Report of the Indian Hemp Drugs Commission, 1894-1895 - Volume IV
Year: 1894
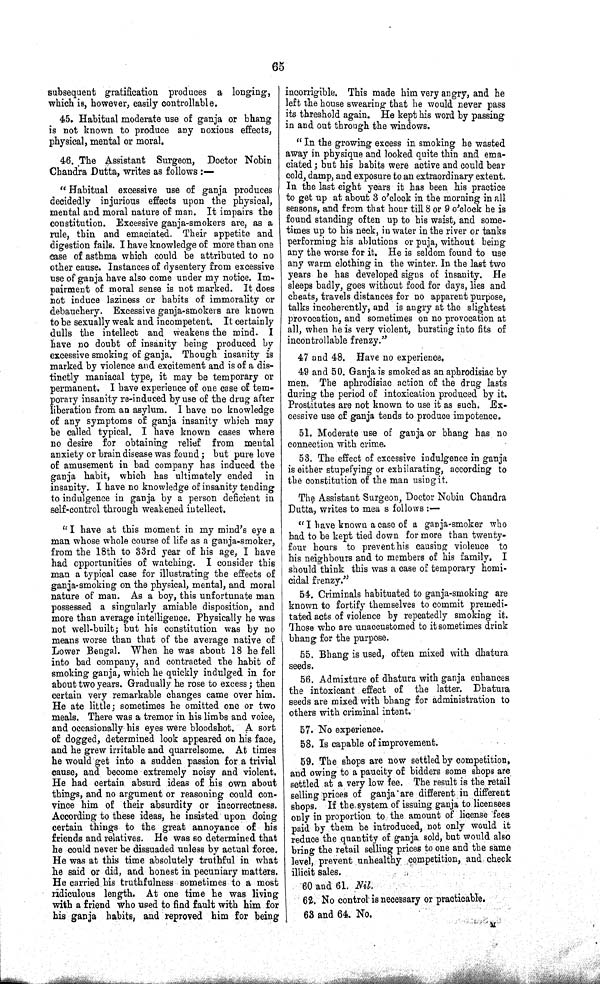
65
subsequent gratification produces a longing,
which is, however, easily controllable.
45. Habitual moderate use of ganja or bhang
is not known to produce any noxious effects,
physical, mental or moral.
46. The Assistant Surgeon, Doctor Nobin
Chandra Dutta, writes as follows:—
"Habitual excessive use of ganja produces
decidedly injurious effects upon the physical,
mental and moral nature of man. It impairs the
constitution. Excessive ganja-smokers are, as a
rule, thin and emaciated. Their appetite and
digestion fails. I have knowledge of more than one
case of asthma which could be attributed to no
other cause. Instances of dysentery from excessive
use of ganja have also come under my notice. Im-
pairment of moral sense is not marked. It does
not induce laziness or habits of immorality or
debauchery. Excessive ganja-smokers are known
to be sexually weak and incompetent. It certainly
dulls the intellect and weakens the mind. I
have no doubt of insanity being produced by
excessive smoking of ganja. Though insanity is
marked by violence and excitement and is of a dis-
tinctly maniacal type, it may be temporary or
permanent. I have experience of one case of tem-
porary insanity re-induced by use of the drug after
liberation from an asylum. I have no knowledge
of any symptoms of ganja insanity which may
be called typical. I have known cases where
no desire for obtaining relief from mental
anxiety or brain disease was found; but pure love
of amusement in bad company has induced the
ganja habit, which has ultimately ended in
insanity. I have no knowledge of insanity tending
to indulgence in ganja by a person deficient in
self-control through weakened intellect.
"I have at this moment in my mind's eye a
man whose whole course of life as a ganja-smoker,
from the 18th to 33rd year of his age, I have
had opportunities of watching. I consider this
man a typical case for illustrating the effects of
ganja-smoking on the physical, mental, and moral
nature of man. As a boy, this unfortunate man
possessed a singularly amiable disposition, and
more than average intelligence. Physically he was
not well-built; but his constitution was by no
means worse than that of the average native of
Lower Bengal. When he was about 18 he fell
into bad company, and contracted the habit of
smoking ganja, which he quickly indulged in for
about two years. Gradually he rose to excess; then
certain very remarkable changes came over him.
He ate little; sometimes he omitted one or two
meals. There was a tremor in his limbs and voice,
and occasionally his eyes were bloodshot. A sort
of dogged, determined look appeared on his face,
and he grew irritable and quarrelsome. At times
he would get into a sudden passion for a trivial
cause, and become extremely noisy and violent.
He had certain absurd ideas of his own about
things, and no argument or reasoning could con-
vince him of their absurdity or incorrectness.
According to these ideas, he insisted upon doing
certain things to the great annoyance of his
friends and relatives. He was so determined that
he could never be dissuaded unless by actual force.
He was at this time absolutely truthful in what
he said or did, and honest in pecuniary matters.
He carried his truthfulness sometimes to a most
ridiculous length. At one time he was living
with a friend who used to find fault with him for
his ganja habits, and reproved him for being
incorrigible. This made him very angry, and he
left the house swearing that he would never pass
its threshold again. He kept his word by passing
in and out through the windows.
"In the growing excess in smoking he wasted
away in physique and looked quite thin and ema-
ciated; but his habits were active and could bear
cold, damp, and exposure to an extraordinary extent.
In the last eight years it has been his practice
to get up at about 3 o'clock in the morning in all
seasons, and from that hour till 8 or 9 o'clock he is
found standing often up to his waist, and some-
times up to his neck, in water in the river or tanks
performing his ablutions or puja, without being
any the worse for it. He is seldom found to use
any warm clothing in the winter. In the last two
years he has developed signs of insanity. He
sleeps badly, goes without food for days, lies and
cheats, travels distances for no apparent purpose,
talks incoherently, and is angry at the slightest
provocation, and sometimes on no provocation at
all, when he is very violent, bursting into fits of
incontrollable frenzy."
47 and 48. Have no experience.
49 and 50. Ganja is smoked as an aphrodisiac by
men. The aphrodisiac action of the drug lasts
during the period of intoxication produced by it.
Prostitutes are not known to use it as such. Ex-
cessive use of ganja tends to produce impotence.
51. Moderate use of ganja or bhang has no
connection with crime.
53. The effect of excessive indulgence in ganja
is either stupefying or exhilarating, according to
the constitution of the man using it.
The Assistant Surgeon, Doctor Nobin Chandra
Dutta, writes to mea s follows:—
"I have known a case of a ganja-smoker who
had to be kept tied down for more than twenty-
four hours to prevent his causing violence to
his neighbours and to members of his family. I
should think this was a case of temporary homi-
cidal frenzy."
54. Criminals habituated to ganja-smoking are
known to fortify themselves to commit premedi-
tated acts of violence by repeatedly smoking it.
Those who are unaccustomed to it sometimes drink
bhang for the purpose.
55. Bhang is used, often mixed with dhatura
seeds.
56. Admixture of dhatura with ganja enhances
the intoxicant effect of the latter. Dhatura
seeds are mixed with bhang for administration to
others with criminal intent.
57. No experience.
58. Is capable of improvement.
59. The shops are now settled by competition,
and owing to a paucity of bidders some shops are
settled at a very low fee. The result is the retail
selling prices of ganja are different in different
shops. If the system of issuing ganja to licensees
only in proportion to the amount of license fees
paid by them be introduced, not only would it
reduce the quantity of ganja sold, but would also
bring the retail selling prices to one and the same
level, prevent unhealthy competition, and check
illicit sales.
60 and 61. Nil.
62. No control is necessary or practicable.
63 and 64. No.
M